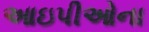
આઇપીઓના